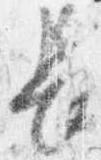
長